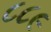
૮૮૯